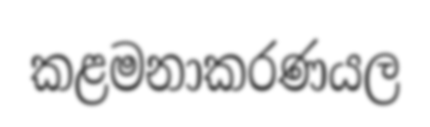
කළමනාකරණයල